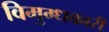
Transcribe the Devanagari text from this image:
विमुग्धकारी